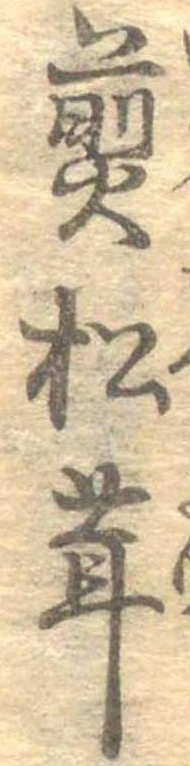
煎松茸